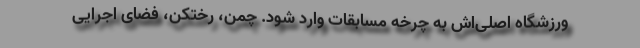
ورزشگاه اصلی‌اش به چرخه مسابقات وارد شود. چمن، رختکن، فضای اجرایی